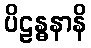
ပိဠန္ဓနာနိ